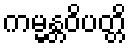
ကမ္မန္တဝိပတ္တိ